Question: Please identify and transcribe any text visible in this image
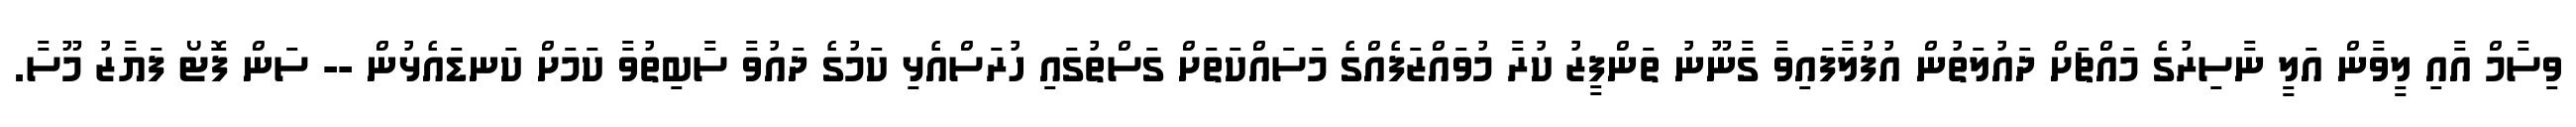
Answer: ވިސާމް އާއި ލީވާން އަލީ ނާސިރުގެ މައްޗަށް ދައުލަތުން އުފުލާފައިވާ ގާނޫނު ތަންފީޒު ކުރާ މުވައްޒަފެއްގެ މަސައްކަތަށް ގަސްތުގައި ހުރަސްއެޅި ކަމުގެ ދައުވާ ސާބިތުވާ ކަމަށް ކަނޑައެޅުން -- ސަން ފޮޓޯ ފަޔާޒު މޫސާ.